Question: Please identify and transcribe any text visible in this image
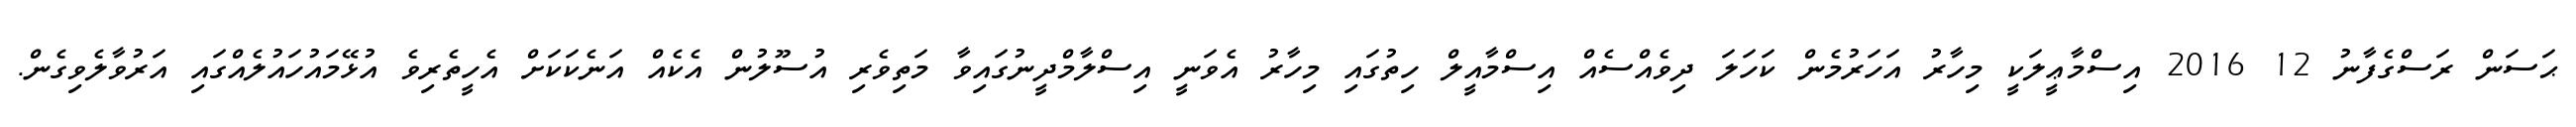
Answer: ޙަސަން ރަސްގެފާނު 12 2016 އިސްމާޢީލަކީ މިހާރު އަހަރުމެން ކަހަލަ ދިވެއްސެއް އިސްމާއީލް ހިތުގައި މިހާރު އެވަނީ އިސްލާމްދީނުގައިވާ މަތިވެރި އުސޫލުން އެކެއް އަނެކަކަށް އެހީތެރިވެ އުޅޭމައުހައުލެއްގައި އަރުވާލެވިގެން.